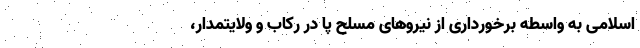
اسلامی به واسطه برخورداری از نیروهای مسلح پا در رکاب و ولایتمدار،